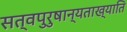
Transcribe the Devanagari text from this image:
सत्वपुरुषान्यताख्याति